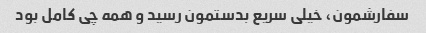
سفارشمون، خیلی سریع بدستمون رسید و همه چی کامل بود